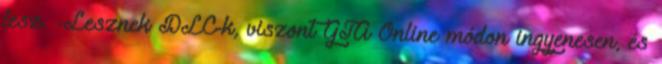
lesz. -Lesznek DLC-k, viszont GTA Online módon ingyenesen, és